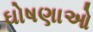
ઘોષણાઓ